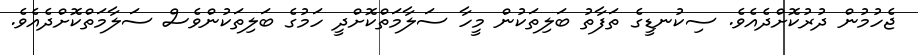
ޖެހުމުން ދުރުކޮށްދެއެވެ. ސިކުނޑީގެ ތަފާތު ބަލިތަކުން މީހާ ސަލާމަތްކޮށްދީ ހަމުގެ ބަލިތަކުންވެސް ސަލާމަތްކޮށްދެއެވެ.